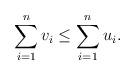
LaTeX: \begin{align*}\sum_{i=1}^n v_i \leq \sum_{i=1}^n u_i. \end{align*}